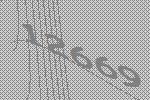
12669